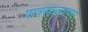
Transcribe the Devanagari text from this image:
पावसाळ्यानतर